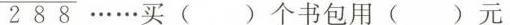
288 ……买()个书包用()元